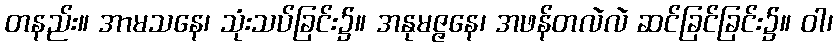
တနည်း။ အာမသနေ၊ သုံးသပ်ခြင်း၌။ အနုမဇ္ဇနေ၊ အဖန်တလဲလဲ ဆင်ခြင်ခြင်း၌။ ဝါ၊